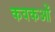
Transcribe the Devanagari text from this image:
कवकओं